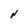
Character: N